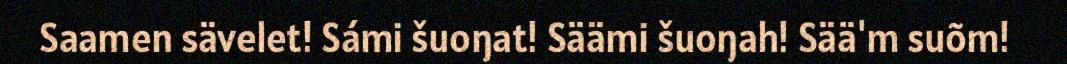
Saamen sävelet! Sámi šuoŋat! Säämi šuoŋah! Sää'm suõm!